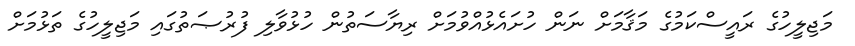
މަޖިލީހުގެ ރައީސްކަމުގެ މަޤާމަށް ނަން ހުށައެޅުއްވުމަށް ރިޔާސަތުން ހުޅުވާލި ފުރުޞަތުގައި މަޖިލީހުގެ ތަޅުމަށް